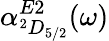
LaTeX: \alpha_{^2D_{5/2}}^{E2}(\omega)